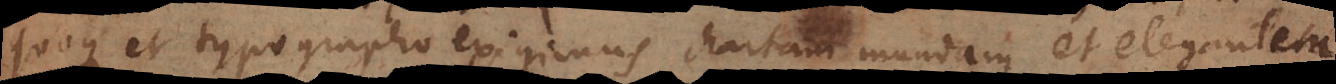
quoque et typographo exigimus chartam mundam et elegantem,